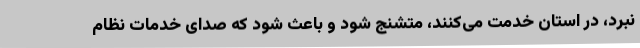
نبرد، در استان خدمت می‌کنند، متشنج شود و باعث شود که صدای خدمات نظام